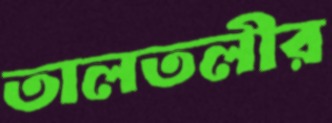
তালতলীর